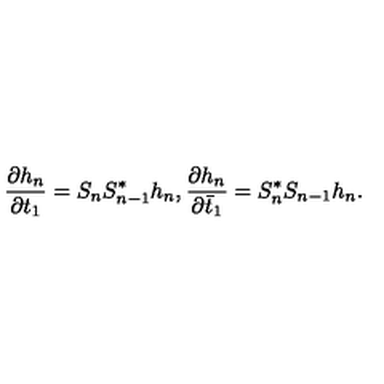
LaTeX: \frac { \partial h _ { n } } { \partial t _ { 1 } } = S _ { n } S _ { n - 1 } ^ { * } h _ { n } , \frac { \partial h _ { n } } { \partial \bar { t } _ { 1 } } = S _ { n } ^ { * } S _ { n - 1 } h _ { n } .